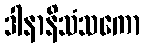
ဒါနာနိသံသကော